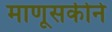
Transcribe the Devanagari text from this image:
माणूसकीने